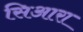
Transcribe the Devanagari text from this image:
सिआरा